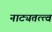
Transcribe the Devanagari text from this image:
नाट्यतत्त्वं